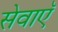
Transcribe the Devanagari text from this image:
सेवाएॅं